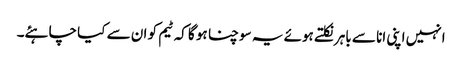
انہیں اپنی انا سے باہر نکلتے ہوئے یہ سوچنا ہو گا کہ ٹیم کو ان سے کیا چاہئے۔